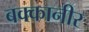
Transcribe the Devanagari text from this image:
बक्कानीर